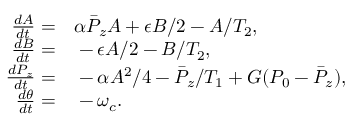
\begin{array} { r l } { \frac { d A } { d t } = } & { { } \alpha \bar { P } _ { z } A + \epsilon B / 2 - A / T _ { 2 } , } \\ { \frac { d B } { d t } = } & { { } - \epsilon A / 2 - B / T _ { 2 } , } \\ { \frac { d \bar { P } _ { z } } { d t } = } & { { } - \alpha A ^ { 2 } / 4 - \bar { P } _ { z } / T _ { 1 } + G ( P _ { 0 } - \bar { P } _ { z } ) , } \\ { \frac { d \theta } { d t } = } & { { } - \omega _ { c } . } \end{array}